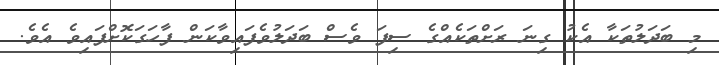
މި ބަދަލުތަކާ އެކު ގިނަ ރަށްތަކެއްގެ ސިފަ ވެސް ބަދަލުވެފައިވާކަން ފާހަގަކޮށްފައިވެ އެވެ.